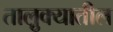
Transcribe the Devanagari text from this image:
तालु़क्यातील